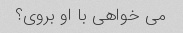
می خواهی با او بروی؟